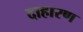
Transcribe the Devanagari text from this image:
दाहारण